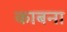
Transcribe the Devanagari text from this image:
काबना